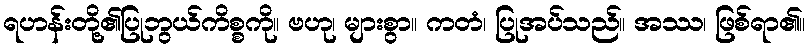
ရဟန်းတို့၏ပြုဘွယ်ကိစ္စကို။ ဗဟု၊ များစွာ။ ကတံ၊ ပြုအပ်သည်။ အဿ၊ ဖြစ်ရာ၏။